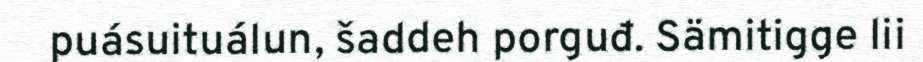
puásuituálun, šaddeh porguđ. Sämitigge lii